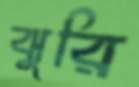
ঝুরি